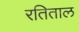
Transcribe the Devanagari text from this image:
रतिताल